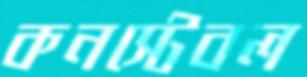
কনস্টেবল